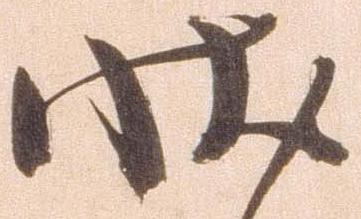
状